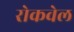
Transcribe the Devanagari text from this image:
रोकवेल